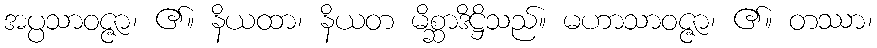
အပ္ပသာဝဇ္ဇာ၊ ၏။ နိယထာ၊ နိယတ မိစ္ဆာဒိဋ္ဌိသည်။ မဟာသာဝဇ္ဇာ၊ ၏။ တဿာ၊